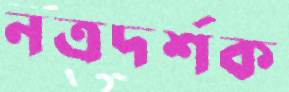
নত্রদর্শক